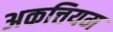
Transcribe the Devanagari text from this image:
अकत्तियम